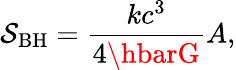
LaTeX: \mathcal{S}_{\mathrm{{BH}}}={\frac{{kc^{3}}}{{4\hbarG}}}A,